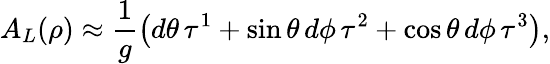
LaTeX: A_{L}(\rho)\approx\frac{1}{g}\left(d\theta\, \tau^{1}+\sin\theta\, d\phi\, \tau^{2}+\cos\theta\, d\phi\, \tau^{3}\right),